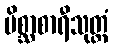
မိစ္ဆာစာရီသုတ္တံ